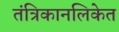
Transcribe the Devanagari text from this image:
तंत्रिकानलिकेत